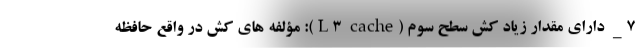
7_ دارای مقدار زیاد کش سطح سوم (L3 cache): مؤلفه های کش در واقع حافظه